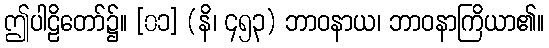
ဤပါဠိတော်၌။ [၀၁] (နိ၊ ၄၅၃) ဘာဝနာယ၊ ဘာဝနာကြိယာ၏။